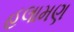
હલામણ